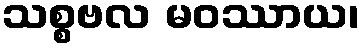
သစ္စဗလ မဝဿာယ၊